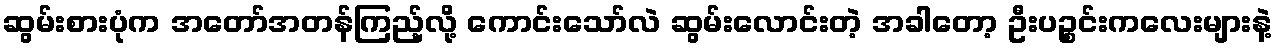
ဆွမ်းစားပုံက အတော်အတန်ကြည့်လို့ ကောင်းသော်လဲ ဆွမ်းလောင်းတဲ့ အခါတော့ ဦးပဉ္စင်းကလေးများနဲ့